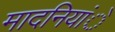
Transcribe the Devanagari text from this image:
मादनियांे